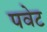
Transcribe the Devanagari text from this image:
पवेट